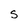
Character: S